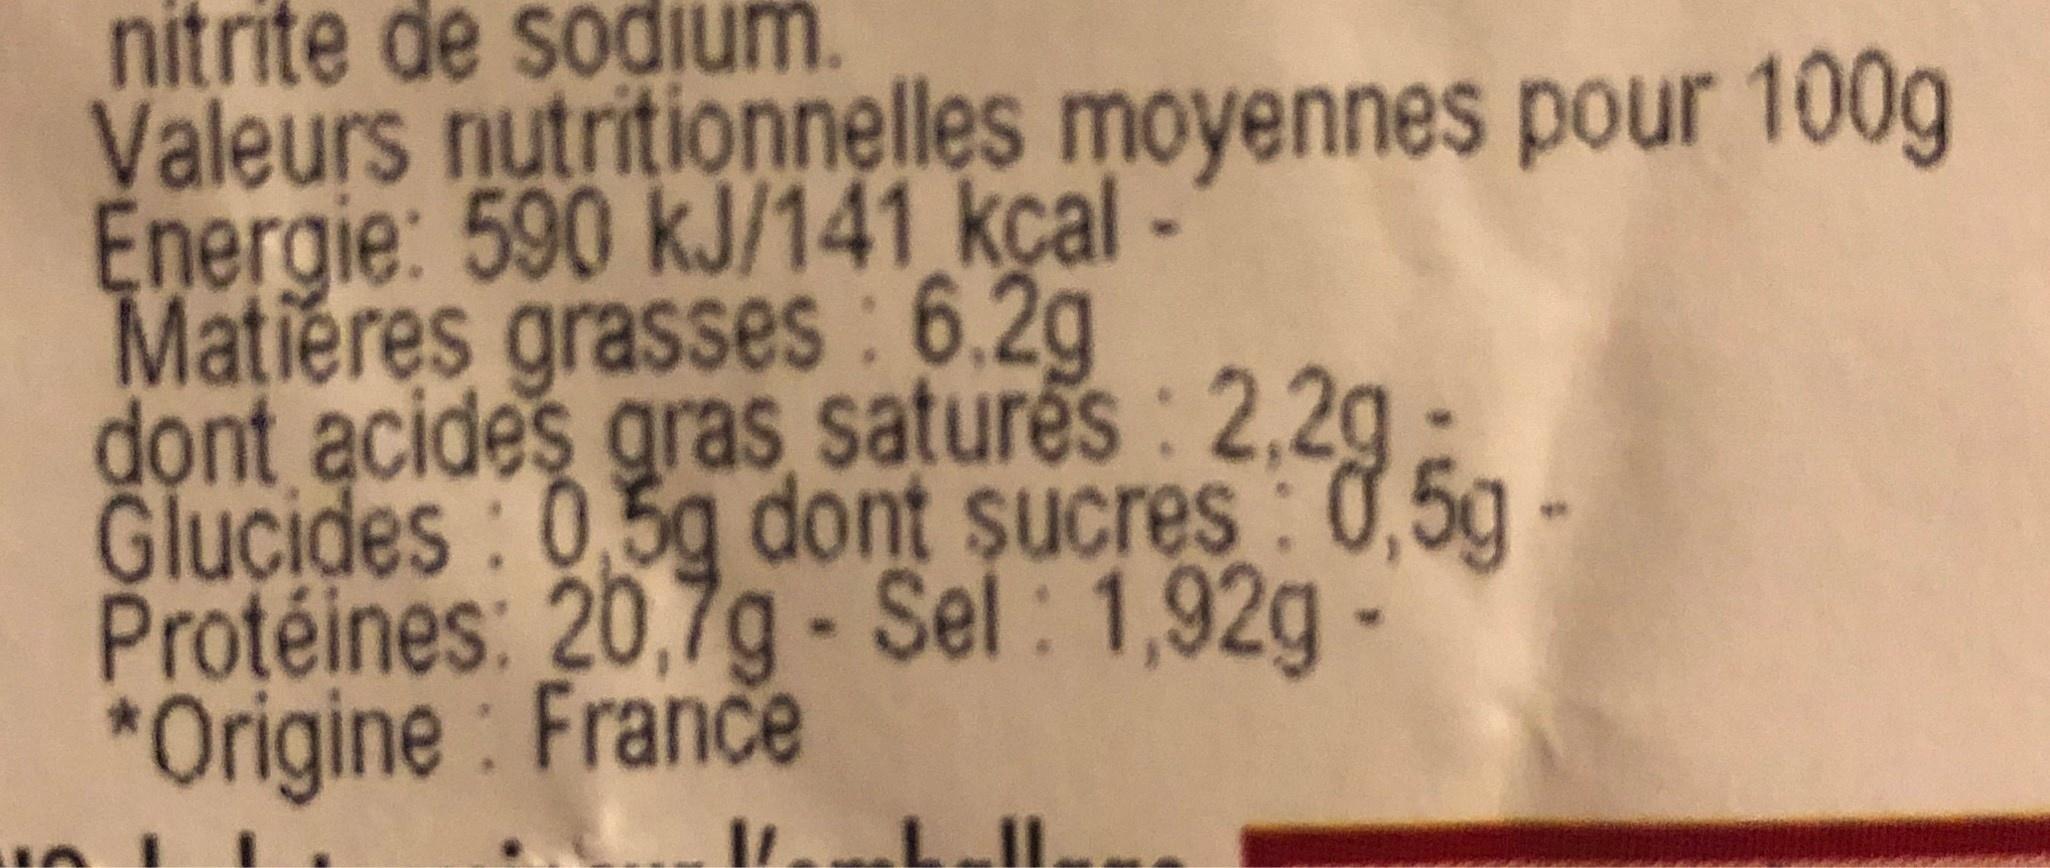
nitrite de sodium. Valeurs nutritionnelles moyennes pour 100g Energie: 590 kJ/141 kcal - Matieres grasses : 6.2g dọnt acides gras satures : 2,2g Glucides : 05g dont sucres : 0,5g - Protéines: 20,7g - Sel : 1,92g- *Origine : France